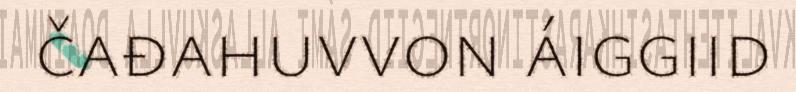
čađahuvvon áiggiid